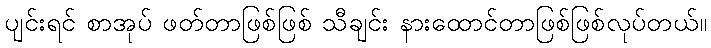
ပျင်းရင် စာအုပ် ဖတ်တာဖြစ်ဖြစ် သီချင်း နားထောင်တာဖြစ်ဖြစ်လုပ်တယ်။